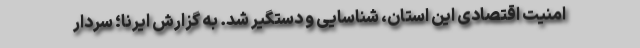
امنیت اقتصادی این استان، شناسایی و دستگیر شد. به گزارش ایرنا؛ سردار